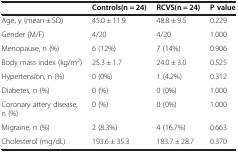
<table><thead><tr><td><b> </b></td><td><b>Controls(n = 24)</b></td><td><b>RCVS(n = 24)</b></td><td><b>P value</b></td></tr></thead><tbody><tr><td>Age, y (mean ± SD)</td><td>45.0 ± 11.9</td><td>48.8 ± 9.5</td><td>0.229</td></tr><tr><td>Gender (M/F)</td><td>4/20</td><td>4/20</td><td>1.000</td></tr><tr><td>Menopause, n (%)</td><td>6 (12%)</td><td>7 (14%)</td><td>0.906</td></tr><tr><td>Body mass index (kg/m<sup>2</sup>)</td><td>25.3 ± 1.7</td><td>24.0 ± 3.0</td><td>0.525</td></tr><tr><td>Hypertension, n (%)</td><td>0 (0%)</td><td>1 (4.2%)</td><td>0.312</td></tr><tr><td>Diabetes, n (%)</td><td>0 (%)</td><td>0 (0%)</td><td>1.000</td></tr><tr><td>Coronary artery disease, n (%)</td><td>0 (%)</td><td>0 (0%)</td><td>1.000</td></tr><tr><td>Migraine, n (%)</td><td>2 (8.3%)</td><td>4 (16.7%)</td><td>0.663</td></tr><tr><td>Cholesterol (mg/dL)</td><td>193.6 ± 35.3</td><td>183.7 ± 28.7</td><td>0.370</td></tr></tbody></table>